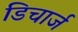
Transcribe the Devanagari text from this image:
डिचार्ज